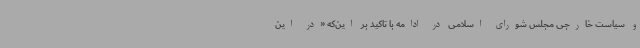
و سیاست خارجی مجلس شورای اسلامی در ادامه با تاکید بر این‌که «در این